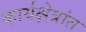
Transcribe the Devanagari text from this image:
कार्यक्षेत्रांत